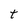
Character: t